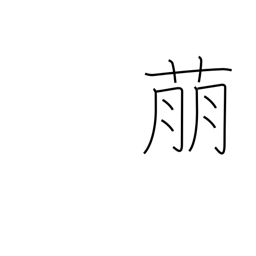
Meaning: show symptoms of